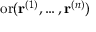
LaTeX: \operatorname { o r } ( \mathbf { r } ^ { ( 1 ) } , \dots , \mathbf { r } ^ { ( n ) } )